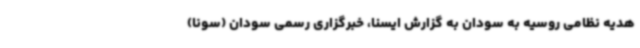
هدیه نظامی روسیه به سودان به گزارش ایسنا، خبرگزاری رسمی سودان (سونا)